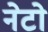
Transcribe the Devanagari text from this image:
नेटो